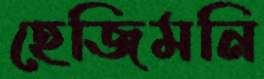
হেজিমনি